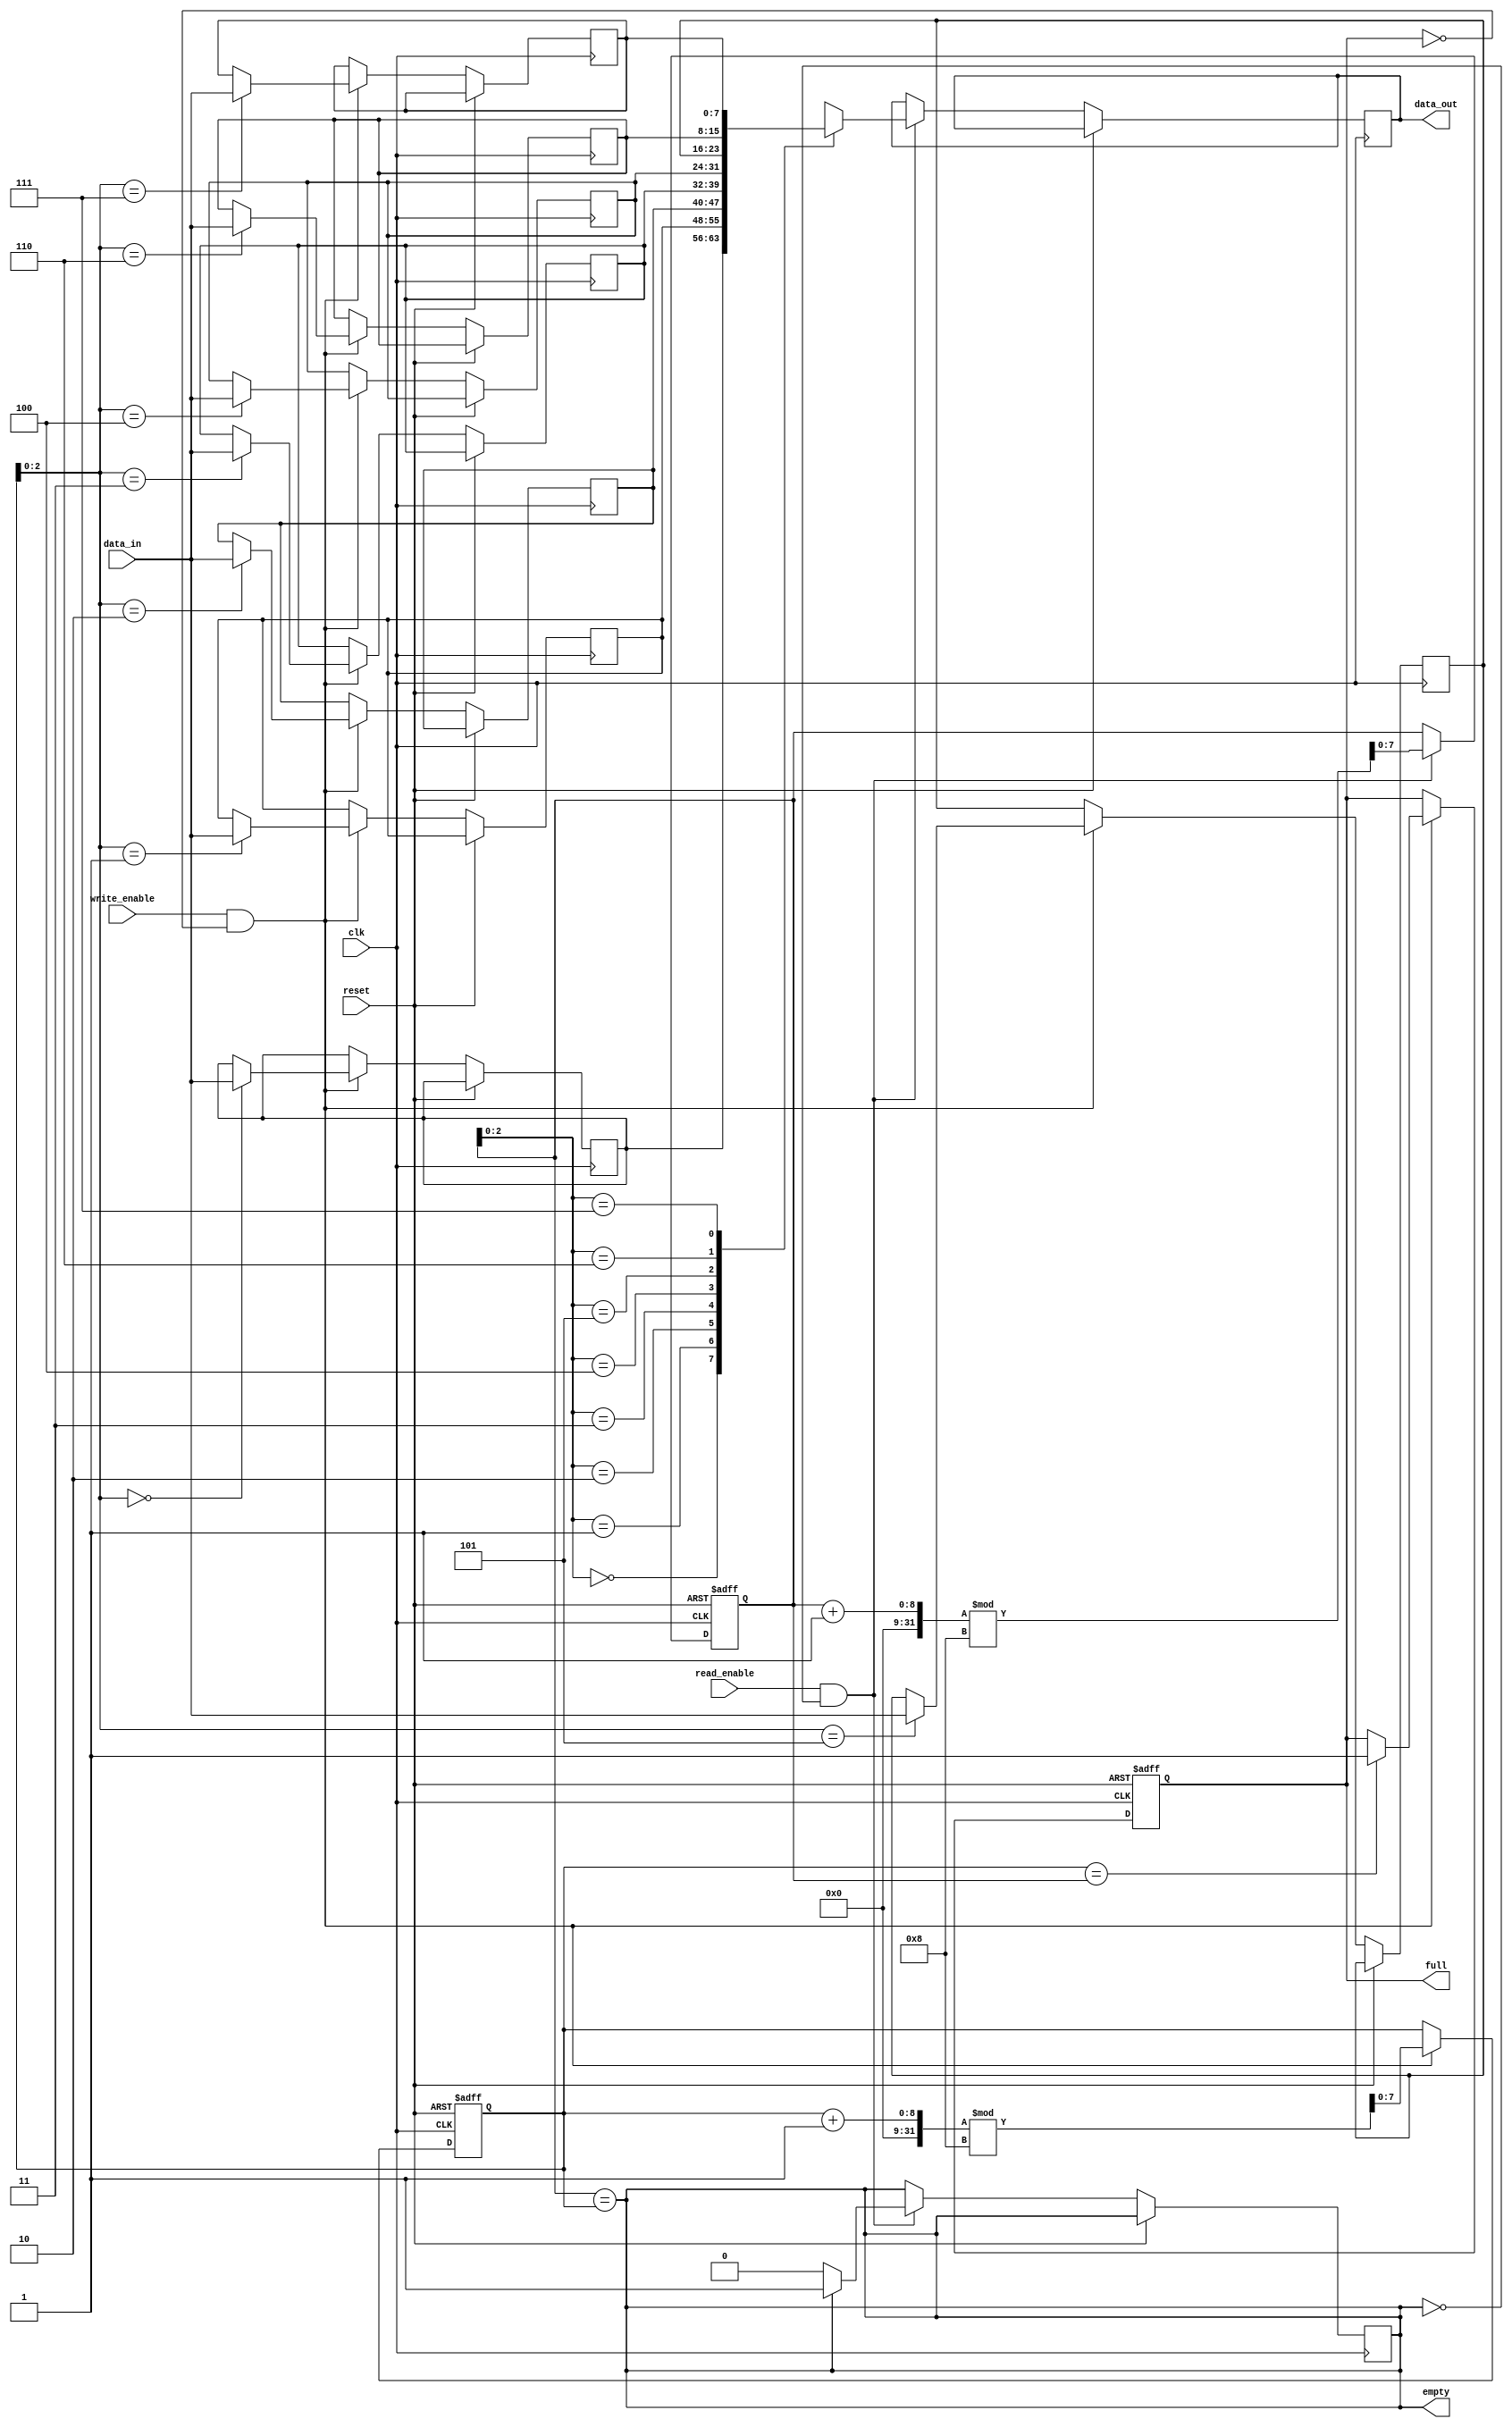
module circular_fifo (
    input wire clk,
    input wire reset,
    
    input wire write_enable,
    input wire [DATA_WIDTH-1:0] data_in,
    output reg full,
    
    input wire read_enable,
    output wire empty,
    output wire [DATA_WIDTH-1:0] data_out
);

parameter DEPTH = 8; // Depth of the circular FIFO
parameter DATA_WIDTH = 8; // Data width of the FIFO

reg [DATA_WIDTH-1:0] memory [0:DEPTH-1];
reg [DATA_WIDTH-1:0] read_pointer;
reg [DATA_WIDTH-1:0] write_pointer;

always @(posedge clk or posedge reset) begin
    if (reset) begin
        read_pointer <= 0;
        write_pointer <= 0;
        full <= 1'b0;
    end else begin
        if (write_enable && !full) begin
            memory[write_pointer] <= data_in;
            write_pointer <= (write_pointer + 1) % DEPTH;
            if (write_pointer == read_pointer) begin
                full <= 1'b1;
            end
        end
        if (read_enable && !empty) begin
            data_out <= memory[read_pointer];
            read_pointer <= (read_pointer + 1) % DEPTH;
            if (read_pointer == write_pointer) begin
                empty <= 1'b1;
            end
        end
    end
end

always @* begin
    empty = (read_pointer == write_pointer);
end

endmodule